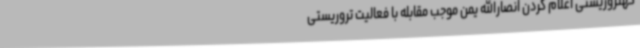
کهتروریستی اعلام کردن انصارالله یمن موجب مقابله با فعالیت تروریستی